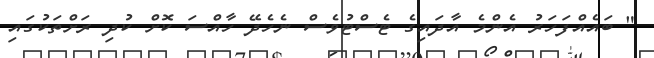
" ބައެއްފަހަރު އެންމެ އާދައިގެ ޓެސްޓުވެސް ނެހެދޭ ހާއްސަ ކޮށް ކުދި ރަށްތަކުގައި